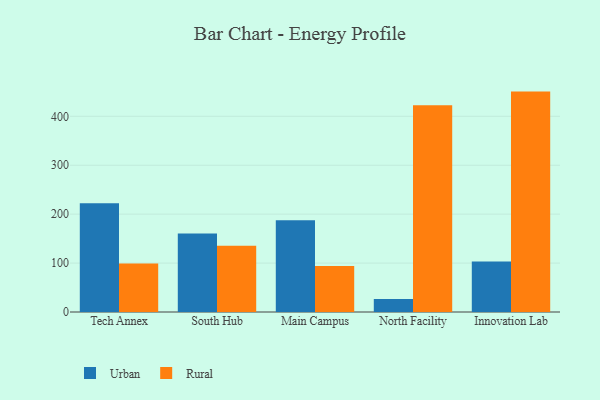
{"axis": {"x": "Campus", "y": "LTV (USD)"}, "legend": ["Rural", "Urban"], "data": [{"x": "Tech Annex", "y": 222.3, "type": "Urban"}, {"x": "Tech Annex", "y": 99.3, "type": "Rural"}, {"x": "South Hub", "y": 160.6, "type": "Urban"}, {"x": "South Hub", "y": 135.3, "type": "Rural"}, {"x": "Main Campus", "y": 187.4, "type": "Urban"}, {"x": "Main Campus", "y": 93.8, "type": "Rural"}, {"x": "North Facility", "y": 26.6, "type": "Urban"}, {"x": "North Facility", "y": 422.5, "type": "Rural"}, {"x": "Innovation Lab", "y": 103.1, "type": "Urban"}, {"x": "Innovation Lab", "y": 450.5, "type": "Rural"}]}